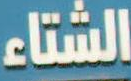
الشتاء